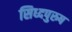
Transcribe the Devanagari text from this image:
सिध्दपुरुष